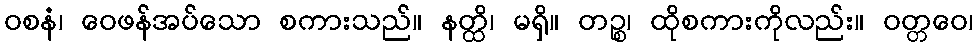
ဝစနံ၊ ဝေဖန်အပ်သော စကားသည်။ နတ္ထိ၊ မရှိ။ တဉ္စ၊ ထိုစကားကိုလည်း။ ဝတ္တဝေ၊